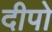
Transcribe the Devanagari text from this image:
दीपो